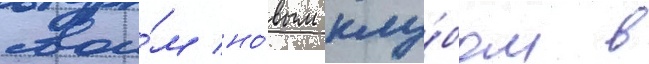
свои́м но́вым клу́бом в